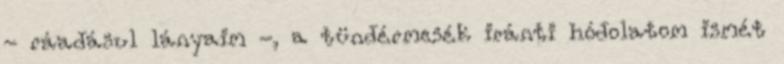
- ráadásul lányaim -, a tündérmesék iránti hódolatom ismét